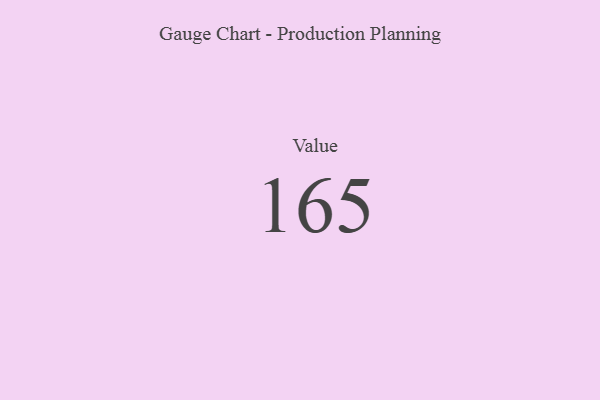
{"axis": {"x": "Metric", "y": "Value"}, "legend": [""], "data": [{"x": "Value", "y": 165, "type": ""}]}